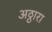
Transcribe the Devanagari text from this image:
अठ्ठारा